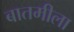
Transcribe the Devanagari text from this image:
बातमीला